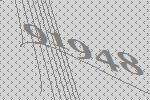
91948